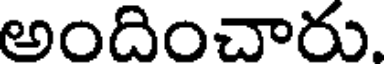
అందించారు.